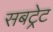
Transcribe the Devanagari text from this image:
सबट्रेट